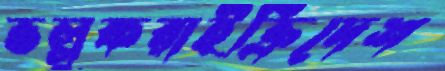
ভল্লুকরাইক্রিদেশ